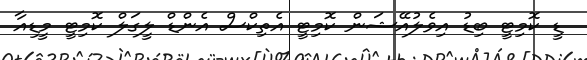
ޑީ ކޮމިޓީ ބިޑު އިވެލުއޭޝަން ކޮމިޓީ އެތިކްސް އެންޑް ލީގަލް ކޮމިޓީ މީޑިއާ